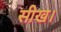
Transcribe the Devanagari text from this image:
सीख।